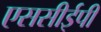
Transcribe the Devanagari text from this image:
एससीईपी